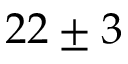
2 2 \pm 3